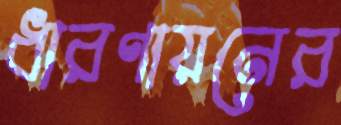
ধারণায়নের